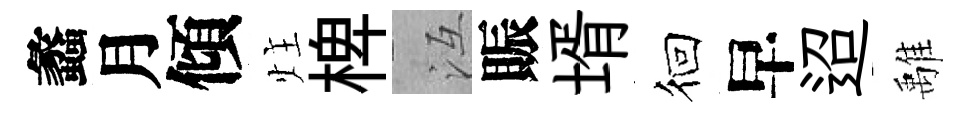
蠡月傾炷椑冱賑壻徊早迢𩀌